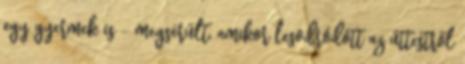
egy gyermek is - megsérült, amikor lesodródott az úttestről